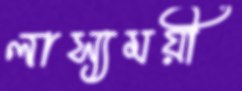
লাস্যময়ী